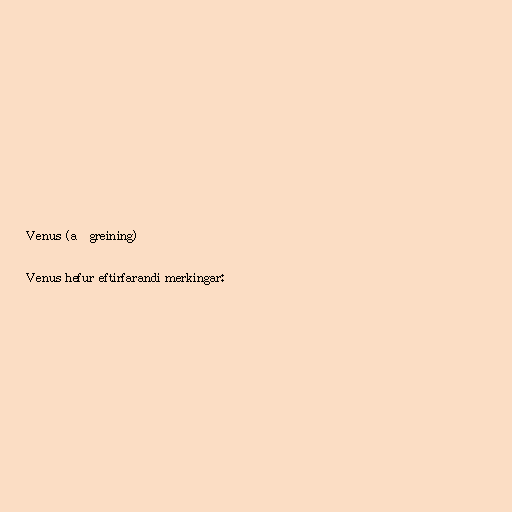
Venus (aðgreining)

Venus hefur eftirfarandi merkingar: